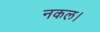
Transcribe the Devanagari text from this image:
नकल।